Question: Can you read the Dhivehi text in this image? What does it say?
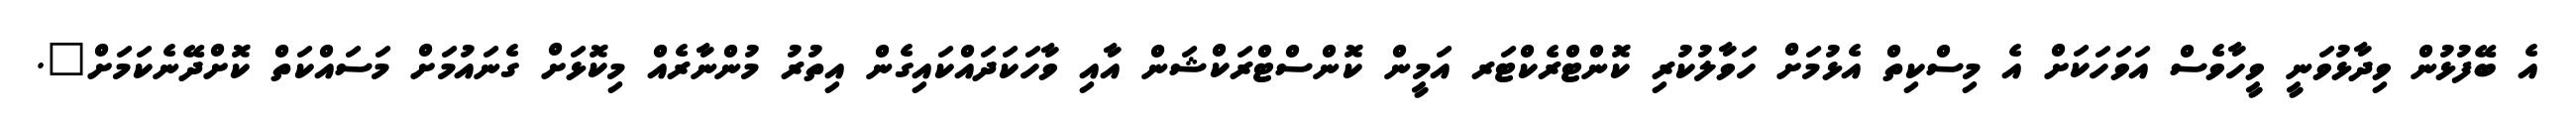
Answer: އެ ބޭފުޅުން ވިދާޅުވަނީ ވީހާވެސް އަވަހަކަށް އެ މިސްކިތް އެޅުމަށް ހަވާލުކުރި ކޮންޓްރެކްޓަރ އަމީން ކޮންސްޓްރަކްޝަން އާއި ވާހަކަދައްކައިގެން އިތުރު މުންނާރެއް މިކޮޅަށް ގެނައުމަށް މަސައްކަތް ކޮށްދޭނެކަމަށް".